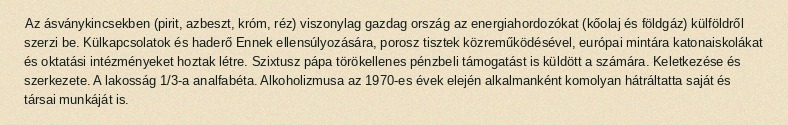
Az ásványkincsekben (pirit, azbeszt, króm, réz) viszonylag gazdag ország az energiahordozókat (kőolaj és földgáz) külföldről szerzi be. Külkapcsolatok és haderő Ennek ellensúlyozására, porosz tisztek közreműködésével, európai mintára katonaiskolákat és oktatási intézményeket hoztak létre. Szixtusz pápa törökellenes pénzbeli támogatást is küldött a számára. Keletkezése és szerkezete. A lakosság 1/3-a analfabéta. Alkoholizmusa az 1970-es évek elején alkalmanként komolyan hátráltatta saját és társai munkáját is.